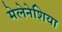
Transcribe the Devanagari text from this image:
मेलेनेशिया